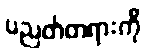
ပညတ်တရားကို